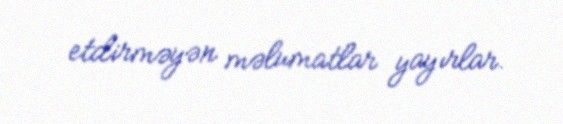
etdirməyən məlumatlar yayırlar.